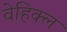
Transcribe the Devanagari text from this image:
वेहिक्ल